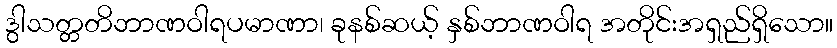
ဒွါသတ္တတိဘာဏဝါရပမာဏာ၊ ခုနစ်ဆယ့် နှစ်ဘာဏဝါရ အတိုင်းအရှည်ရှိသော။